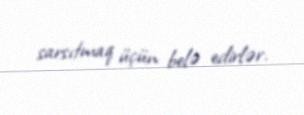
sarsıtmaq üçün belə edirlər.